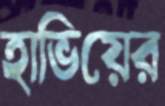
হাভিয়ের